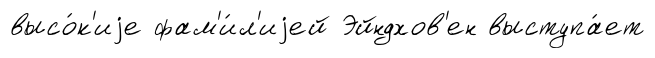
высо́к'иjе фам'и́л'иjей Эйндхов'ен выступа́ет